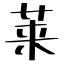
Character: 莱